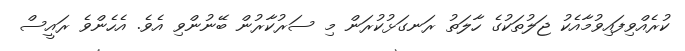
ކުރެއްވިފައިވުމާއެކު ޖަލުތަކުގެ ހާލަތު ރަނގަޅުކުރަން މި ސަރުކާރުން ބޭނުންވި އެވެ. އެހެންވެ ރައީސް